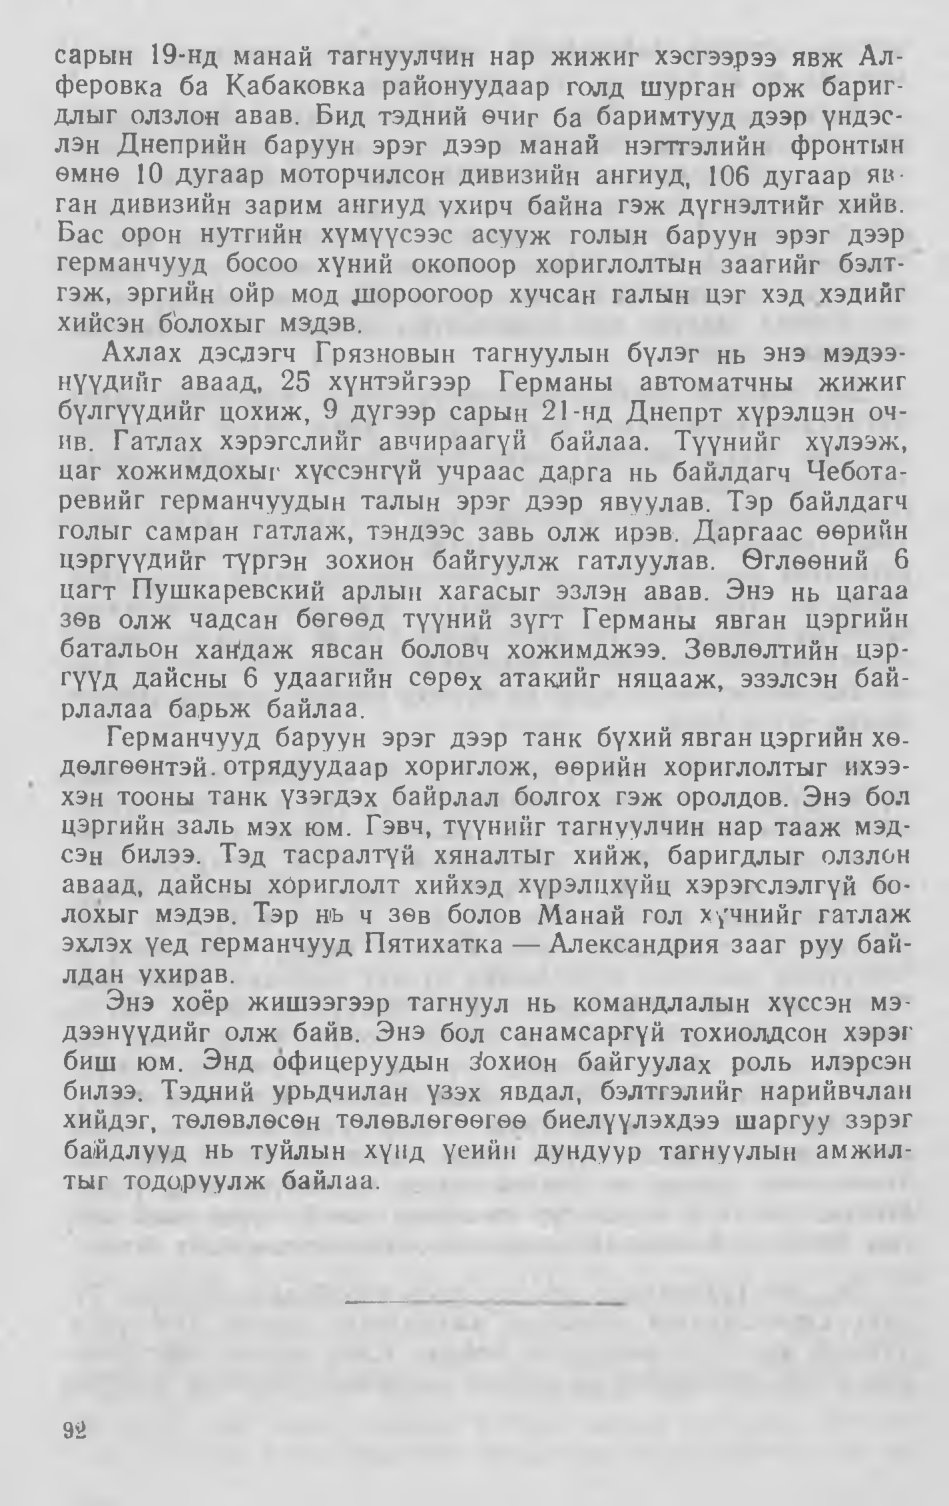
Language: mn